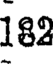
182